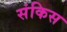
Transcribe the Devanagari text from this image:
संकिस